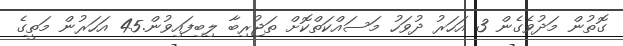
ގޮތުން މަދުވެގެން 3 އަހަރު ދުވަހު މަސައްކަތްކޮށް ތަޖުރިބާ ލިބިފައިވުން.45 އަހަރުން މަތީގެ